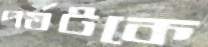
পর্যটকে